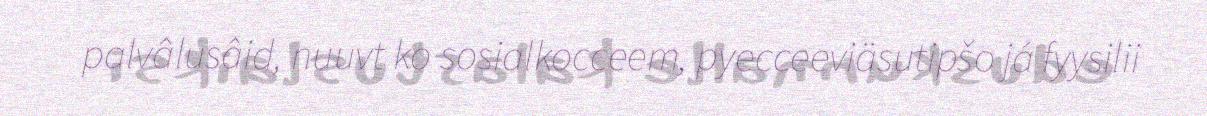
palvâlusâid, nuuvt ko sosialkocceem, pyecceeviäsutipšo já fyysilii